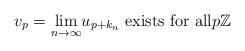
LaTeX: \begin{align*}v_p=\underset{n\rightarrow\infty}{\lim}u_{p+k_{n}}\text{ exists for all}p\mathbb{Z}\end{align*}